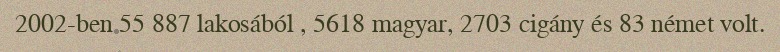
2002-ben 55 887 lakosából , 5618 magyar, 2703 cigány és 83 német volt.